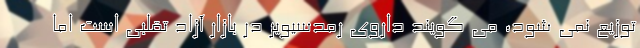
توزیع نمی شود، می گویند داروی رمدسیویر در بازار آزاد تقلبی است اما